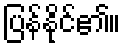
ပြန်နိုင်၏။